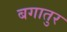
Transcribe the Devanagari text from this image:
बगातुर